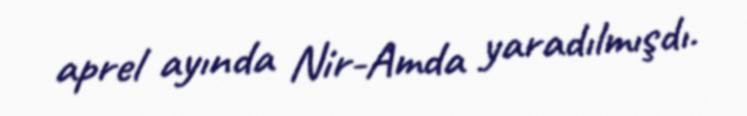
aprel ayında Nir-Amda yaradılmışdı.